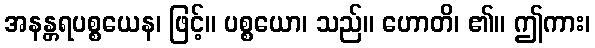
အနန္တရပစ္စယေန၊ ဖြင့်။ ပစ္စယော၊ သည်။ ဟောတိ၊ ၏။ ဤကား၊